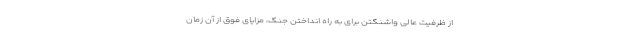
از ظرفیت عالی واشنگتن برای به راه انداختن جنگ، مزایای فوق از آن زمان